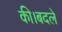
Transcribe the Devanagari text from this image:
की।बदले